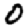
Digit: 0